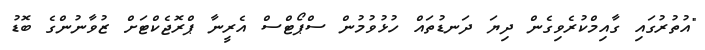
"އުތުރުގައި ގާއިމްކުރެވިގެން ދިޔަ ދަނޑުތައް ހުޅުވުމުން ސްޕޯޓްސް އެރީނާ ޕްރޮޖެކްޓަށް ޒުވާނުންގެ ބޮޑު